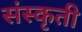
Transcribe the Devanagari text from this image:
संस्कृती